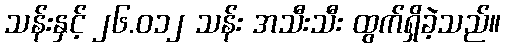
သန်းနှင့် ၂၆.၀၁၂ သန်း အသီးသီး ထွက်ရှိခဲ့သည်။